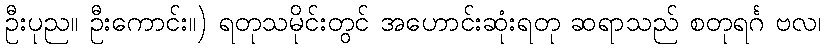
ဦးပုည။ ဦးကောင်း။) ရတုသမိုင်းတွင် အဟောင်းဆုံးရတု ဆရာသည် စတုရင်္ဂ ဗလ၊